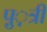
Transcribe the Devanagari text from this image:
पु़़त्री